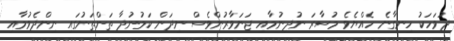
ދުވަހަކު ހިނގާނެ ހެއްޔެވެ މުސާރަ ނުދިނުމާއި ޖަނަވާރުންވެސް ނިދަން ކަމުނުދާ ތަންތަނުގައި ނިންދެވުމާއި